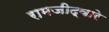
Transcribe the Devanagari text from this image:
रामजीद्वारे